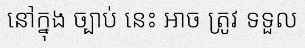
នៅក្នុង ច្បាប់ នេះ អាច ត្រូវ ទទួល